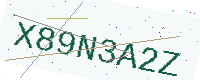
Text: X89N3A2Z